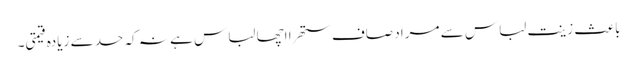
باعث زینت لباس سے مراد صاف ستھرا اچھا لباس ہے نہ کہ حد سے زیادہ قیمتی۔